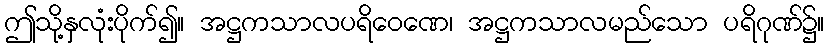
ဤသို့နှလုံးပိုက်၍။ အဋ္ဌကသာလပရိဝေဏေ၊ အဋ္ဌကသာလမည်သော ပရိဂုဏ်၌။